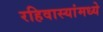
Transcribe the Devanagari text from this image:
रहिवास्यांमध्ये